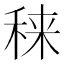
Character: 𥟂